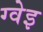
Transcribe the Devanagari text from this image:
ग्वेइ